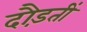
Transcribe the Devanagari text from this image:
दौड़तीं